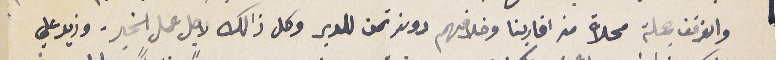
والوقف جملة محلاة من اقاربنا وخلافهم دونه ثمن للدير وكل ذلك لاجل عمل الخير. وذيد علي